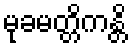
မုခမတ္တိကန္တိ